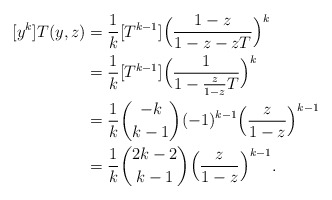
\begin{align*} [y^k]T(y, z)&=\frac1k [T^{k-1}]\Bigl(\frac{1-z}{1-z-zT}\Bigr)^{k}\\ &=\frac1k[T^{k-1}]\Bigl(\frac1{1-\frac{z}{1-z}T}\Bigr)^k \\&=\frac1k \binom{-k}{k-1}(-1)^{k-1} \Bigl(\frac{z}{1-z}\Bigr)^{k-1}\\ &=\frac{1}{k}\binom{2k-2}{k-1}\Bigl(\frac{z}{1-z}\Bigr)^{k-1}. \end{align*}